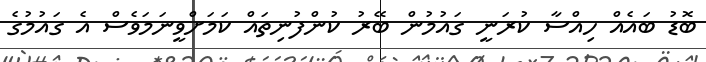
ބޮޑު ބައެއް ހިއްސާ ކުރަނީ ގައުމުން ބޭރު ކުންފުނިތައް ކަމަށްވީނަމަވެސް އެ ގައުމުގެ